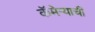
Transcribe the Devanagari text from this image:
कॅमेर्‍याची